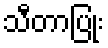
သီတာပြုံး